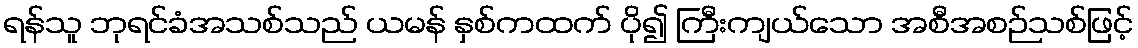
ရန်သူ ဘုရင်ခံအသစ်သည် ယမန် နှစ်ကထက် ပို၍ ကြီးကျယ်သော အစီအစဉ်သစ်ဖြင့်